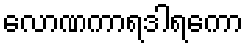
လောဏကာရဒါရကော